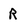
Character: R